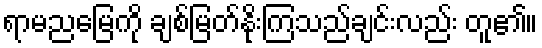
ရာမညမြေကို ချစ်မြတ်နိုးကြသည်ချင်းလည်း တူ၏။